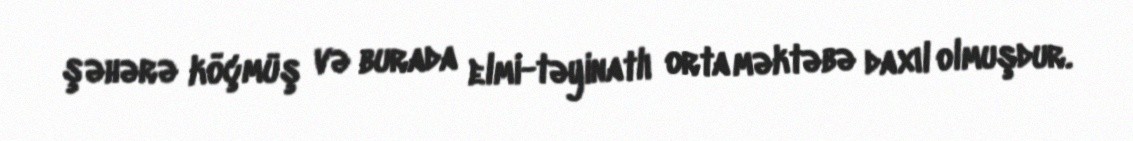
şəhərə köçmüş və burada elmi-təyinatlı orta məktəbə daxıl olmuşdur.